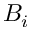
B _ { i }